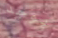
يوجد